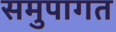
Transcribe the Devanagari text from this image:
समुपागत